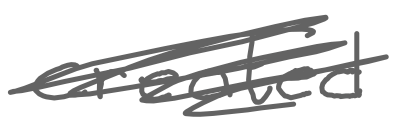
Text: created
Cross-out: scratch
Writing tool: digital_gray